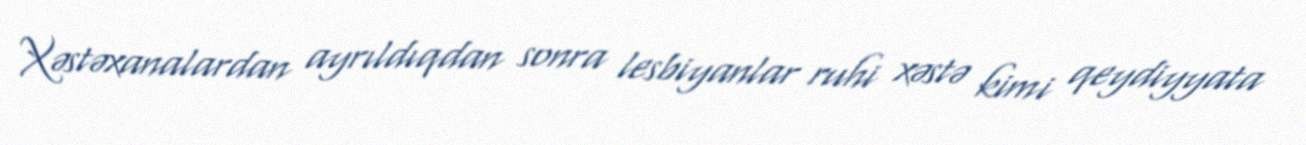
Xəstəxanalardan ayrıldıqdan sonra lesbiyanlar ruhi xəstə kimi qeydiyyata